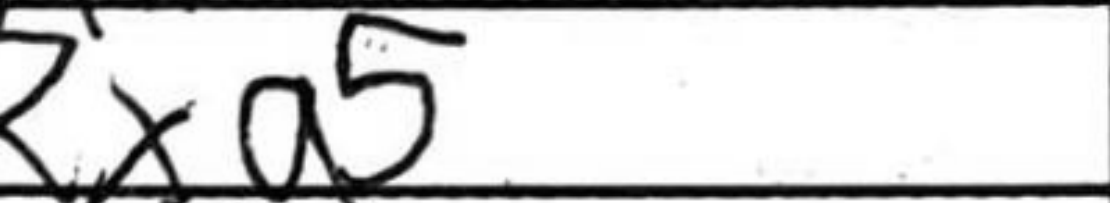
Transcription: Rxa5